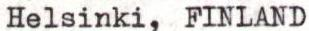
Helsinki, FINLAND